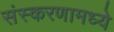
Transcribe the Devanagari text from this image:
संस्करणामध्ये